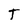
Character: T